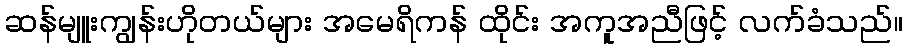
ဆန်မျူးကျွန်းဟိုတယ်များ အမေရိကန် ထိုင်း အကူအညီဖြင့် လက်ခံသည်။